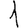
Digit: 1